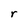
Character: r